Vaccine operations Central Provinces 1900-1911 - 1900-1911
Year: 1900
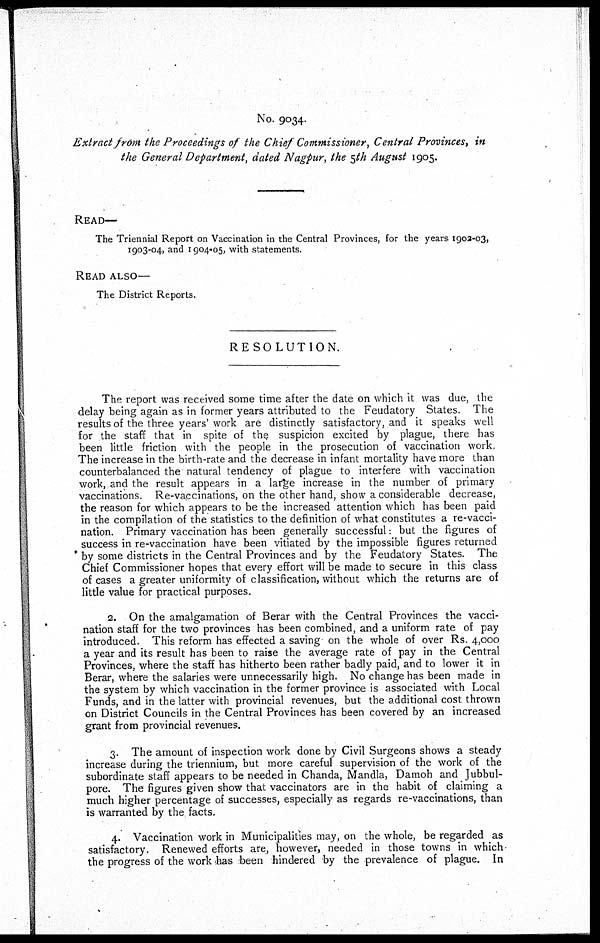
No. 9034.
Extract from the Proceedings of the Chief Commissioner, Central Provinces, in
the General Department, dated Nagpur, the 5th August 1905.
READ—
The Triennial Report on Vaccination in the Central Provinces, for the years 1902-03,
1903-04, and 1904-05, with statements.
READ ALSO—
The District Reports.
RESOLUTION.
The report was received some time after the date on which it was due, the
delay being again as in former years attributed to the Feudatory States. The
results of the three years' work are distinctly satisfactory, and it speaks well
for the staff that in spite of the suspicion excited by plague, there has
been little friction with the people in the prosecution of vaccination work.
The increase in the birth-rate and the decrease in infant mortality have more than
counterbalanced the natural tendency of plague to interfere with vaccination
work, and the result appears in a large increase in the number of primary
vaccinations. Re-vaccinations, on the other hand, show a considerable decrease,
the reason for which appears to be the increased attention which has been paid
in the compilation of the statistics to the definition of what constitutes a re-vacci-
nation. Primary vaccination has been generally successful: but the figures of
success in re-vaccination have been vitiated by the impossible figures returned
by some districts in the Central Provinces and by the Feudatory States. The
Chief Commissioner hopes that every effort will be made to secure in this class
of cases a greater uniformity of classification, without which the returns are of
little value for practical purposes.
2. On the amalgamation of Berar with the Central Provinces the vacci-
nation staff for the two provinces has been combined, and a uniform rate of pay
introduced. This reform has effected a saving on the whole of over Rs. 4,000
a year and its result has been to raise the average rate of pay in the Central
Provinces, where the staff has hitherto been rather badly paid, and to lower it in
Berar, where the salaries were unnecessarily high. No change has been made in
the system by which vaccination in the former province is associated with Local
Funds, and in the latter with provincial revenues, but the additional cost thrown
on District Councils in the Central Provinces has been covered by an increased
grant from provincial revenues.
3. The amount of inspection work done by Civil Surgeons shows a steady
increase during the triennium, but more careful supervision of the work of the
subordinate staff appears to be needed in Chanda, Mandla, Damoh and Jubbul-
pore. The figures given show that vaccinators are in the habit of claiming a
much higher percentage of successes, especially as regards re-vaccinations, than
is warranted by the facts.
4. Vaccination work in Municipalities may, on the whole, be regarded as
satisfactory. Renewed efforts are, however, needed in those towns in which
the progress of the work has been hindered by the prevalence of plague. In